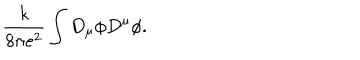
\frac { k } { 8 \pi e ^ { 2 } } \int D _ { \mu } \phi D ^ { \mu } \phi .